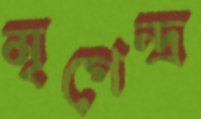
মৃগেন্দ্র